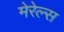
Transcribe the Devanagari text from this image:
मेरेल्स